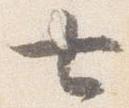
七